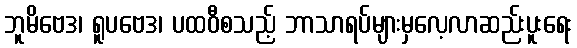
ဘူမိဗေဒ၊ ရူပဗေဒ၊ ပထဝီစသည့် ဘာသာရပ်များမှလေ့လာဆည်းပူးရေး